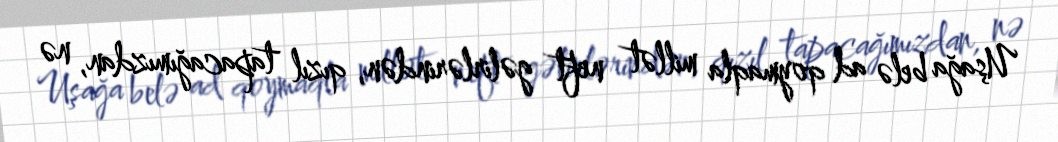
Uşağa belə ad qoymaqla millət neft gəlirlərindən, qızıl tapacağımızdan, nə